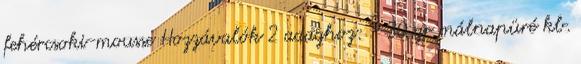
fehércsoki-mousse Hozzávalók 2 adaghoz: - 30 gr málnapüré kb.